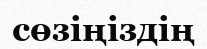
сөзіңіздің